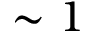
\sim 1